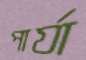
পার্যা